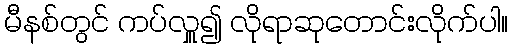
မီနစ်တွင် ကပ်လှူ၍ လိုရာဆုတောင်းလိုက်ပါ။